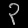
Digit: ၃